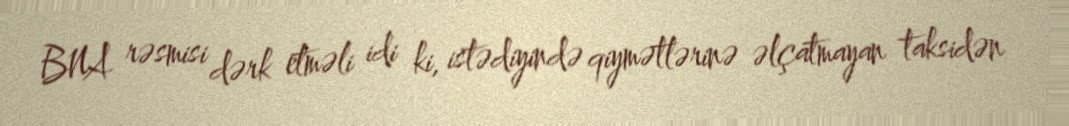
BNA rəsmisi dərk etməli idi ki, istədiyində qiymətlərinə əlçatmayan taksidən